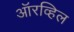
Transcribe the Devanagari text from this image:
ऑरव्हिल